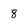
Character: 8